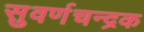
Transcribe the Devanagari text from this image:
सुवर्णचन्द्रक